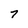
Character: 7